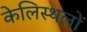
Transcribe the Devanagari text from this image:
केलिस्थलों